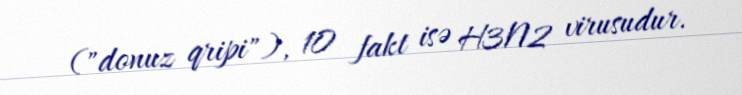
("donuz qripi"), 10 fakt isə H3N2 virusudur.